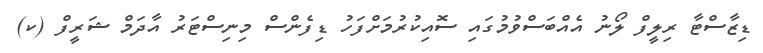
ޑިޒާސްޓާ ރިލީފް ލޯނު އެއްބަސްވުމުގައި ސޮއިކުރުމަށްފަހު ޑިފެންސް މިނިސްޓަރު އާދަމް ޝަރީފް (ކ)